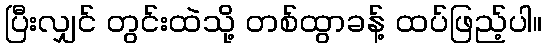
ပြီးလျှင် တွင်းထဲသို့ တစ်ထွာခန့် ထပ်ဖြည့်ပါ။